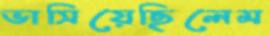
ভাসিয়েছিলেম